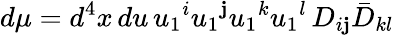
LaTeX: d\mu=d^{4}x\, du\, u_{1}{}^{i}u_{1}{}^{\mathbf{j}}u_{1}{}^{k}u_{1}{}^{l}\, D_{i\mathbf{j}}\bar{{D}}_{kl}